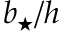
\ensuremath { b _ { \star } } / h